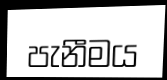
පැනීමය